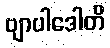
ဗျာပါဒေါတိ